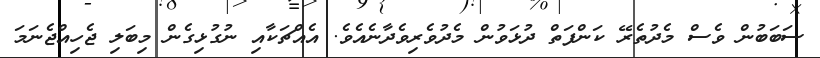
ސަބަބުން ވެސް މެދުތެރޭ ކަންފަތް ދުޅަވުން މެދުވެރިވެދާނެއެވެ. އެއްޗަކާއި ނުގުޅިގެން މިބަލި ޖެހިއްޖެނަމަ